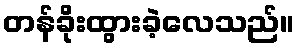
တန်ခိုးထွားခဲ့လေသည်။